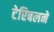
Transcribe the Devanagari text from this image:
टेरिबलने